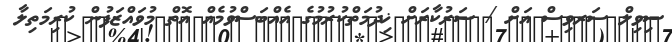
ސިވިލް ސަރވިސް އަށް / ސަރުކާރަށް ޚިދުމަތްކުރުމުގެ އެއްބަސްވުމެއް އޮތް މުވައްޒަފުން ކުރިމަތިލާ